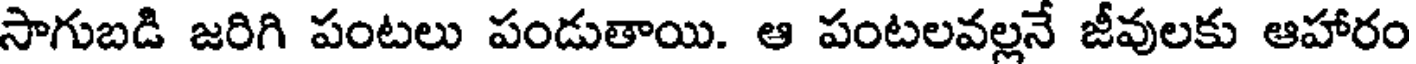
సాగుబడి జరిగి పంటలు పండుతాయి. ఆ పంటలవల్లనే జీవులకు ఆహారం